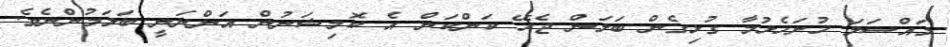
މައްސަލަ ހުށަހެޅުމާ ގުޅިގެން ބަލަން ޖެހޭ ކަންކަން އެ ކޮމިޝަނުން އަންނަނީ ބަލަމުންނެވެ.